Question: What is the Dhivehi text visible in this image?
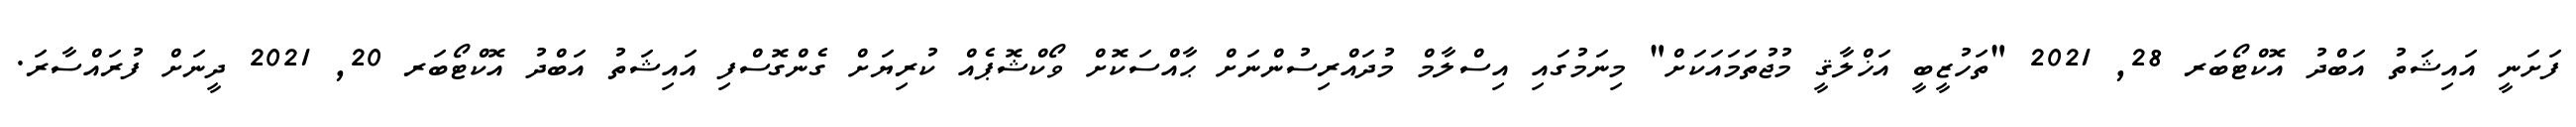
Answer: ފަށަނީ އައިޝަތު އަބްދު އޮކްޓޯބަރ 28, 2021 "ތަހުޒީބީ އަޚްލާޤީ މުޖުތަމައަކަށް" މިނަމުގައި އިސްލާމް މުދައްރިސުންނަށް ޙާއްސަކޮށް ވޯކްޝޮޕެއް ކުރިޔަށް ގެންގޮސްފި އައިޝަތު އަބްދު އޮކްޓޯބަރ 20, 2021 ދީނަށް ފުރައްސާރަ.